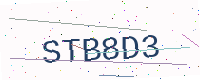
Text: STB8D3